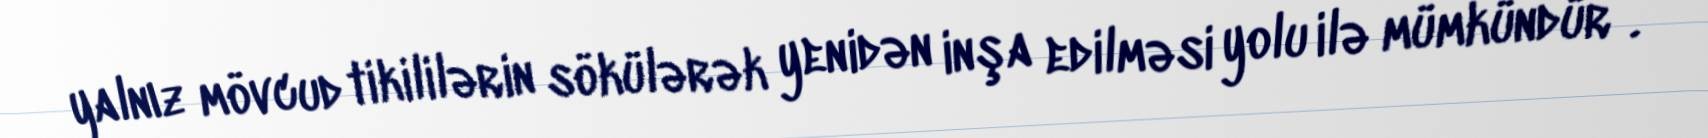
yalnız mövcud tikililərin sökülərək yenidən inşa edilməsi yolu ilə mümkündür”.